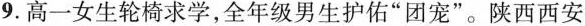
9.高一女生轮椅求学，全年级男生护佑”团宠”。陕西西安